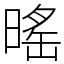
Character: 暚